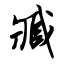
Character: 臧